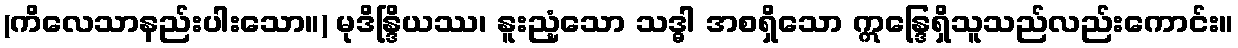
(ကိလေသာနည်းပါးသော။) မုဒိန္ဒြိယဿ၊ နူးညံ့သော သဒ္ဓါ အစရှိသော ဣန္ဒြေရှိသူသည်လည်းကောင်း။